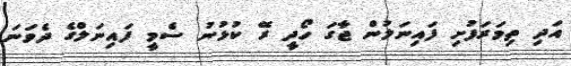
އަދި ތިމަރަފުށި ފައިނަލުން ޖާގަ ހޯދީ ރޭ ކުޅުނު ސެމީ ފައިނަލްގެ ދެވަނަ